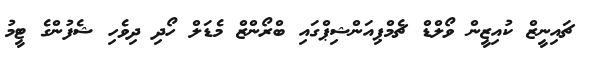
ޗައިނީޒް ކުއިޒީން ވޯލްޑް ޗެމްޕިއަންޝިޕްގައި ބްރޯންޒް މެޑަލް ހޯދި ދިވެހި ޝެފުންގެ ޓީމު